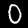
Digit: 0